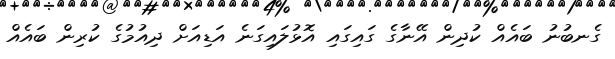
ގެނބުނު ބައެއް ކުދިން އޭނާގެ ގައިގައި އޮޅުލައިގަނެ އަޑިއަށް ދިއުމުގެ ކުރިން ބައެއް